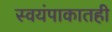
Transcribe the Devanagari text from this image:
स्वयंपाकातही